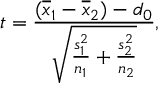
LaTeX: t = { \frac { ( { \overline { { x } } } _ { 1 } - { \overline { { x } } } _ { 2 } ) - d _ { 0 } } { \sqrt { { \frac { s _ { 1 } ^ { 2 } } { n _ { 1 } } } + { \frac { s _ { 2 } ^ { 2 } } { n _ { 2 } } } } } } ,